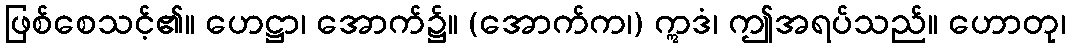
ဖြစ်စေသင့်၏။ ဟေဋ္ဌာ၊ အောက်၌။ (အောက်က၊) ဣဒံ၊ ဤအရပ်သည်။ ဟောတု၊